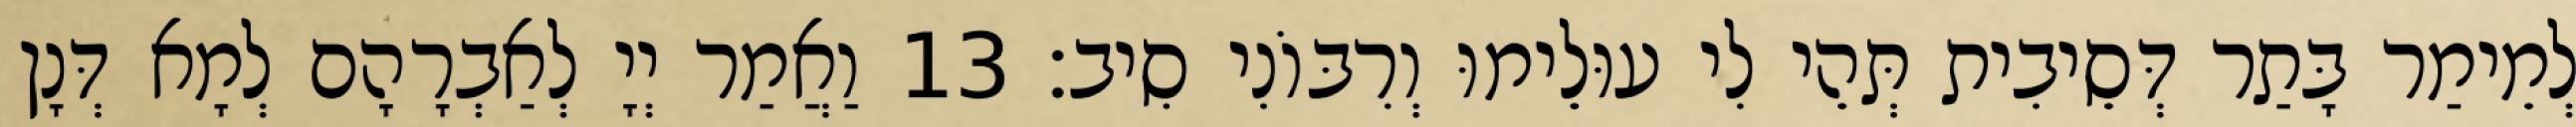
לְמֵימַר בָּתַר דְּסֵיבִית תְּהֵי לִי עוּלֵימוּ וְרִבּוֹנִי סִיב׃ 13 וַאֲמַר יְיָ לְאַבְרָהָם לְמָא דְּנָן